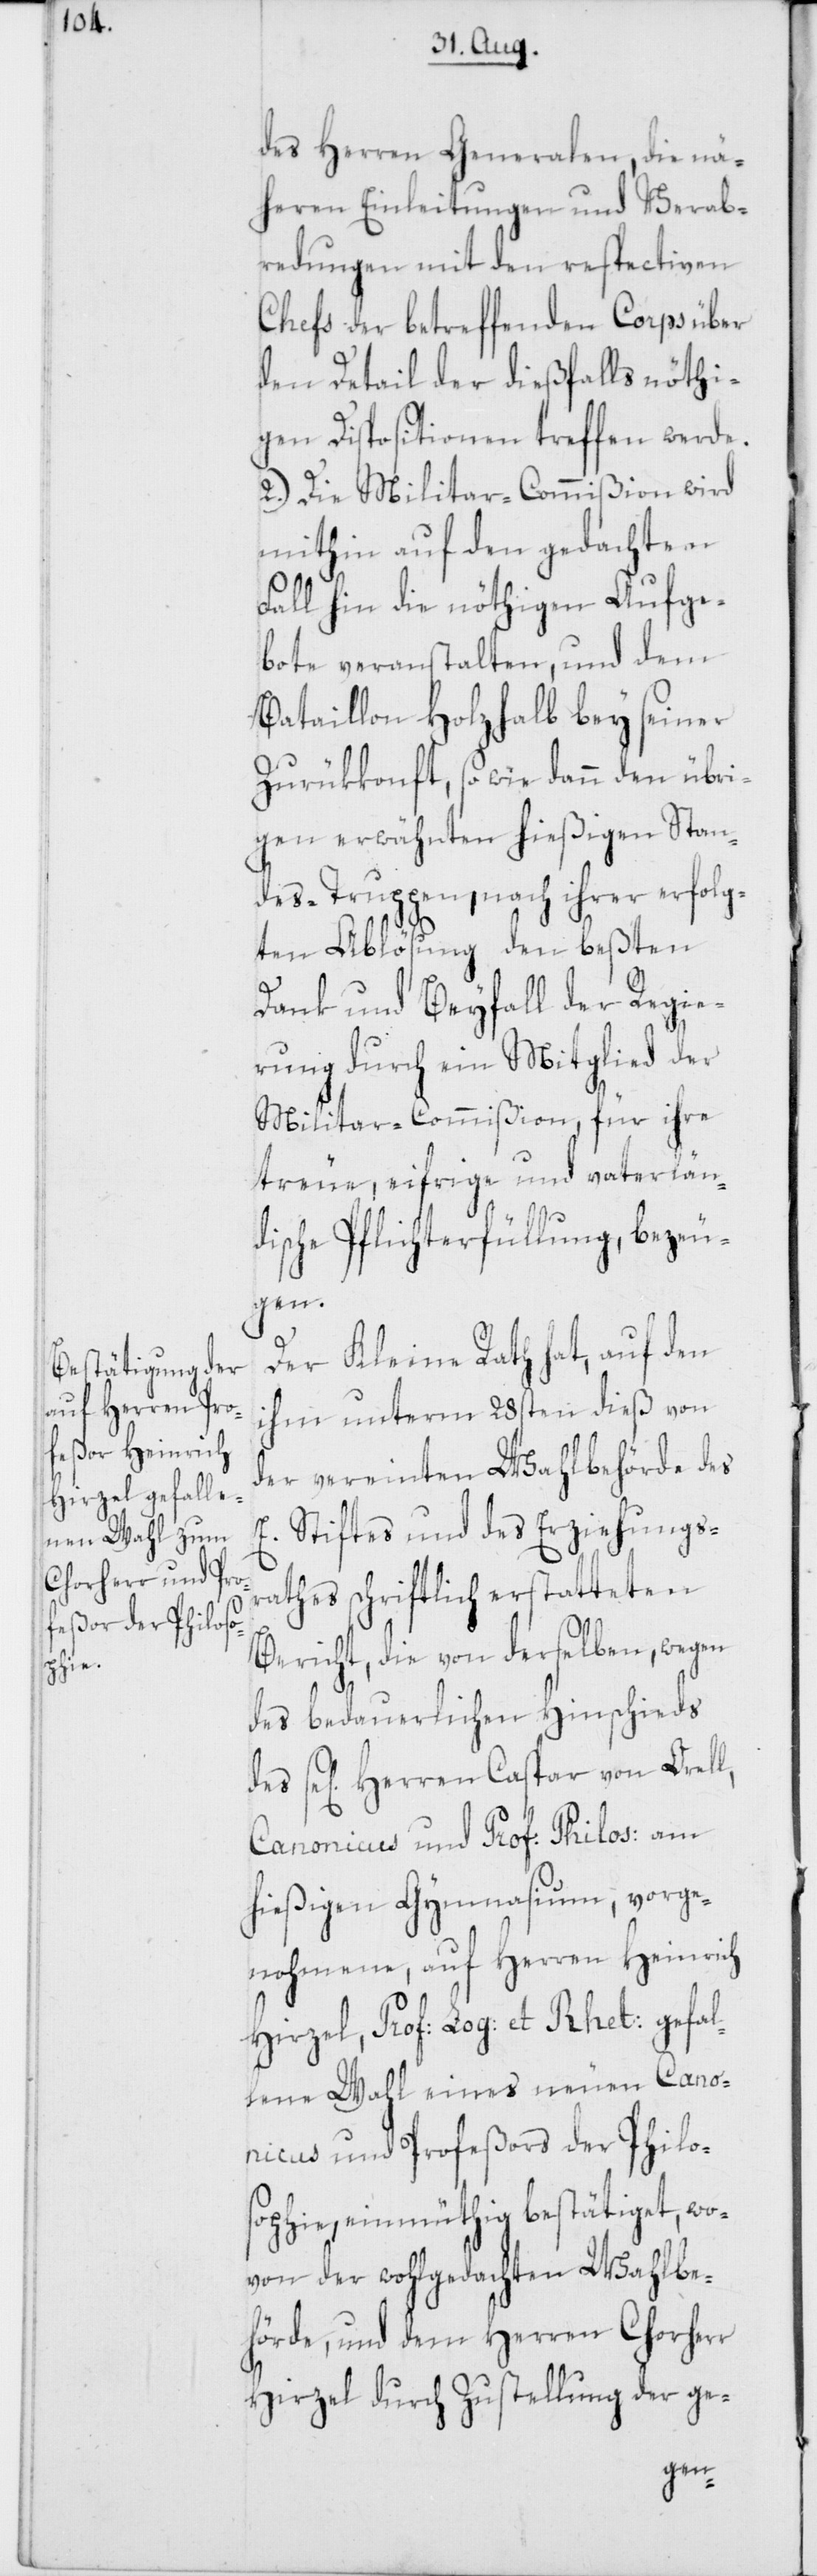
des Herren Generalen, die nä¬
heren Einleitungen und Verab¬
redungen mit den respectiven
Chefs der betreffenden Corps über
den Detail der dießfalls nöthi¬
gen Dispositionen treffen werde.
2.) Die Militar-Commißion wird
mithin auf den gedachten
Fall hin die nöthigen Aufge¬
bote veranstalten, und dem
Bataillon Holzhalb bey seiner
Zurükkonft, so wie dann den übri¬
gen erwähnten hießigen Stan¬
des-Truppen, nach ihrer erfolg¬
ten Ablösung den beßten
Dank und Beyfall der Regie¬
rung durch ein Mitglied der
Militar-Commißion, für ihre
treue, eifrige und vaterlän¬
dische Pflichterfüllung, bezeu¬
gen.
Der Kleine Rath hat, auf den
ihm unterm 28sten dieß von
der vereinten Wahlbehörde des
E. Stiftes und des Erziehungsr¬
athes schriftlich erstatteten
Bericht, die von derselben, wegen
des bedauerlichen Hinschieds
se[ligen] Herren Caspar von Orell,
Canonicus und Prof: Philos: am
hießigen Gymnasium, vorge¬
nohmene, auf Herren Heinrich
Hirzel, Prof: Log: et Rhet: gefal¬
lene Wahl eines neuen Cano¬
nicus und Profeßors der Philos¬
ophie, einmüthig bestätiget, wo¬
von der wohlgedachten Wahlbe¬
hörde, und dem Herren Chorherr
Hirzel durch Zustellung der ge-